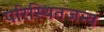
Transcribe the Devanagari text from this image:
परिस्थितजन्य